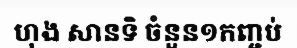
ហុង សានទិ ចំនួន១កញ្ចប់